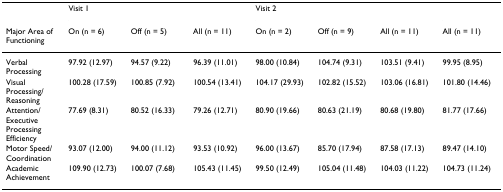
|  | Visit 1 |  |  | Visit 2 |  |  |  |
 | Major Area of Functioning | On (n = 6) | Off (n = 5) | All (n = 11) | On (n = 2) | Off (n = 9) | All (n = 11) | All (n = 11) |
 | --- | --- | --- | --- | --- | --- | --- | --- |
 | Verbal Processing | 97.92 (12.97) | 94.57 (9.22) | 96.39 (11.01) | 98.00 (10.84) | 104.74 (9.31) | 103.51 (9.41) | 99.95 (8.95) |
 | Visual Processing/Reasoning | 100.28 (17.59) | 100.85 (7.92) | 100.54 (13.41) | 104.17 (29.93) | 102.82 (15.52) | 103.06 (16.81) | 101.80 (14.46) |
 | Attention/Executive Processing Efficiency | 77.69 (8.31) | 80.52 (16.33) | 79.26 (12.71) | 80.90 (19.66) | 80.63 (21.19) | 80.68 (19.80) | 81.77 (17.66) |
 | Motor Speed/Coordination | 93.07 (12.00) | 94.00 (11.12) | 93.53 (10.92) | 96.00 (13.67) | 85.70 (17.94) | 87.58 (17.13) | 89.47 (14.10) |
 | Academic Achievement | 109.90 (12.73) | 100.07 (7.68) | 105.43 (11.45) | 99.50 (12.49) | 105.04 (11.48) | 104.03 (11.22) | 104.73 (11.24) |